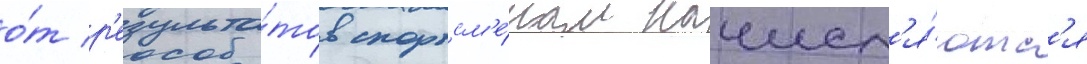
о́т р'езульта́тов спортсм'е́нам начисл'я́ютс'я